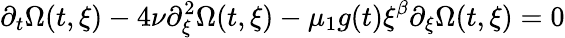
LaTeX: \partial_{t}\Omega(t,\xi)-4\nu\partial_{\xi}^{2}\Omega(t,\xi)-\mu_{1}g(t)\xi^{\beta}\partial_{\xi}\Omega(t,\xi)=0